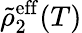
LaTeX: \tilde{\rho}_{2}^{\mathrm{eff}}(T)